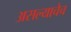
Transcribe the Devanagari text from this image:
असल्याचेच